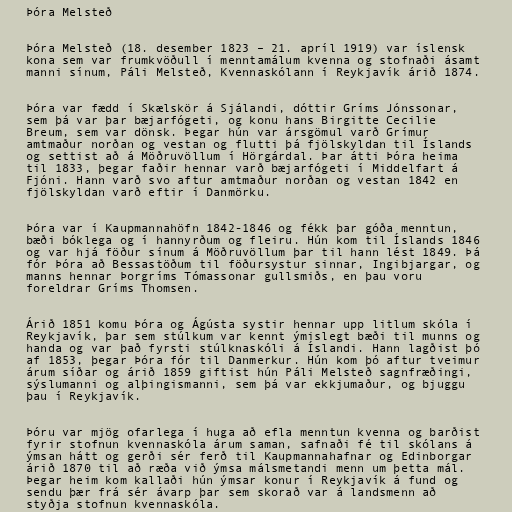
Þóra Melsteð

Þóra Melsteð (18. desember 1823 – 21. apríl 1919) var íslensk
kona sem var frumkvöðull í menntamálum kvenna og stofnaði ásamt
manni sínum, Páli Melsteð, Kvennaskólann í Reykjavík árið 1874.

Þóra var fædd í Skælskör á Sjálandi, dóttir Gríms Jónssonar,
sem þá var þar bæjarfógeti, og konu hans Birgitte Cecilie
Breum, sem var dönsk. Þegar hún var ársgömul varð Grímur
amtmaður norðan og vestan og flutti þá fjölskyldan til Íslands
og settist að á Möðruvöllum í Hörgárdal. Þar átti Þóra heima
til 1833, þegar faðir hennar varð bæjarfógeti í Middelfart á
Fjóni. Hann varð svo aftur amtmaður norðan og vestan 1842 en
fjölskyldan varð eftir í Danmörku.

Þóra var í Kaupmannahöfn 1842-1846 og fékk þar góða menntun,
bæði bóklega og í hannyrðum og fleiru. Hún kom til Íslands 1846
og var hjá föður sínum á Möðruvöllum þar til hann lést 1849. Þá
fór Þóra að Bessastöðum til föðursystur sinnar, Ingibjargar, og
manns hennar Þorgríms Tómassonar gullsmiðs, en þau voru
foreldrar Gríms Thomsen.

Árið 1851 komu Þóra og Ágústa systir hennar upp litlum skóla í
Reykjavík, þar sem stúlkum var kennt ýmislegt bæði til munns og
handa og var það fyrsti stúlknaskóli á Íslandi. Hann lagðist þó
af 1853, þegar Þóra fór til Danmerkur. Hún kom þó aftur tveimur
árum síðar og árið 1859 giftist hún Páli Melsteð sagnfræðingi,
sýslumanni og alþingismanni, sem þá var ekkjumaður, og bjuggu
þau í Reykjavík.

Þóru var mjög ofarlega í huga að efla menntun kvenna og barðist
fyrir stofnun kvennaskóla árum saman, safnaði fé til skólans á
ýmsan hátt og gerði sér ferð til Kaupmannahafnar og Edinborgar
árið 1870 til að ræða við ýmsa málsmetandi menn um þetta mál.
Þegar heim kom kallaði hún ýmsar konur í Reykjavík á fund og
sendu þær frá sér ávarp þar sem skorað var á landsmenn að
styðja stofnun kvennaskóla.